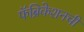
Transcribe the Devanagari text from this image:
फॅब्रिकेशनची